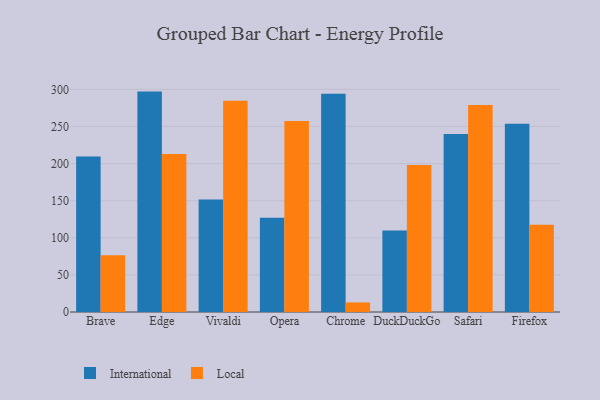
{"axis": {"x": "Browser", "y": "Gross Profit (USD K)"}, "legend": ["International", "Local"], "data": [{"x": "Brave", "y": 209.6, "type": "International"}, {"x": "Brave", "y": 76.6, "type": "Local"}, {"x": "Edge", "y": 297.0, "type": "International"}, {"x": "Edge", "y": 213.0, "type": "Local"}, {"x": "Vivaldi", "y": 151.7, "type": "International"}, {"x": "Vivaldi", "y": 284.7, "type": "Local"}, {"x": "Opera", "y": 127.1, "type": "International"}, {"x": "Opera", "y": 257.5, "type": "Local"}, {"x": "Chrome", "y": 294.2, "type": "International"}, {"x": "Chrome", "y": 12.9, "type": "Local"}, {"x": "DuckDuckGo", "y": 109.8, "type": "International"}, {"x": "DuckDuckGo", "y": 198.2, "type": "Local"}, {"x": "Safari", "y": 239.9, "type": "International"}, {"x": "Safari", "y": 279.0, "type": "Local"}, {"x": "Firefox", "y": 253.7, "type": "International"}, {"x": "Firefox", "y": 117.6, "type": "Local"}]}